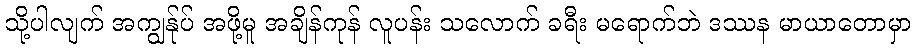
သို့ပါလျက် အကျွန်ုပ် အဖို့မူ အချိန်ကုန် လူပန်း သလောက် ခရီး မရောက်ဘဲ ဒဿန မာယာတောမှာ